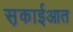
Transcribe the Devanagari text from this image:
स़काईआत